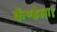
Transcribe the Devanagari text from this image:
कॅण्डेला।